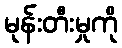
မုန်းတီးမှုကို